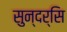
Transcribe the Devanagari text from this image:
सुन्दर्सि